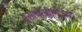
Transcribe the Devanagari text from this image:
इसाबेलीनिज़्म